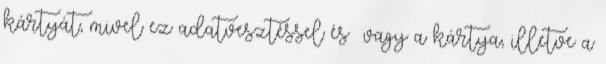
kártyát, mivel ez adatvesztéssel és vagy a kártya, illetve a